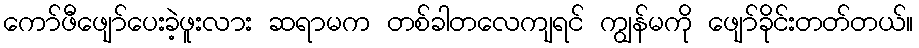
ကော်ဖီဖျော်ပေးခဲ့ဖူးလား ဆရာမက တစ်ခါတလေကျရင် ကျွန်မကို ဖျော်ခိုင်းတတ်တယ်။